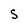
Character: S